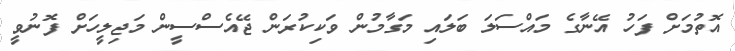
އޮތުމަށް ފަހު އޭނާގެ މައްސަލަ ބަލައި މަގާމުން ވަކިކުރަން ޖޭއެސްސީން މަޖިލީހަށް ފޮނުވީ